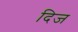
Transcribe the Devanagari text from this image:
दिज